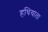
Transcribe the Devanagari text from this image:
हथियाता